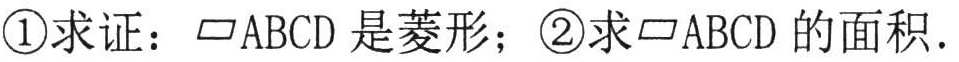
\textcircled{1}求证：$\parallelogram ABCD$是菱形；\textcircled{2}求$\parallelogram ABCD$的面积．